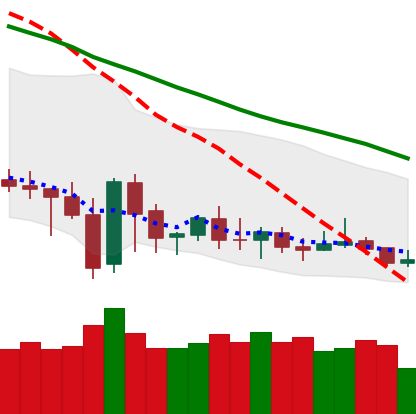
Ticker: DOGE-USD
Chart end date: 2020-01-01
Forward return: 21.151%
Label: up_7plus